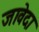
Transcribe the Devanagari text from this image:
जावेदा